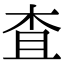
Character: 査